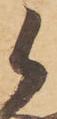
候